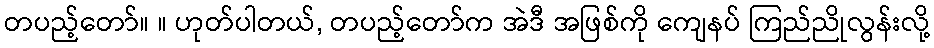
တပည့်တော်။ ။ ဟုတ်ပါတယ်, တပည့်တော်က အဲဒီ အဖြစ်ကို ကျေနပ် ကြည်ညိုလွန်းလို့